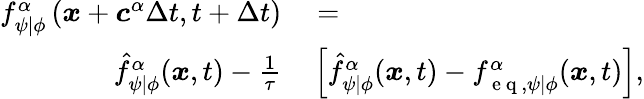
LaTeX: \begin{array}{rl}{f_{\psi\vert\phi}^{\alpha}\left(\boldsymbol{x}+\boldsymbol{c}^{\alpha}\Delta{t},t+\Delta{t}\right)}&{{}=}\\ {\hat{f}_{\psi\vert\phi}^{\alpha}(\boldsymbol{x},t)-\frac{1}{\tau}}&{{}\left[\hat{f}_{\psi\vert\phi}^{\alpha}(\boldsymbol{x},t)-f_{\mathrm{~e~q~},\psi\vert\phi}^{\alpha}(\boldsymbol{x},t)\right],}\end{array}